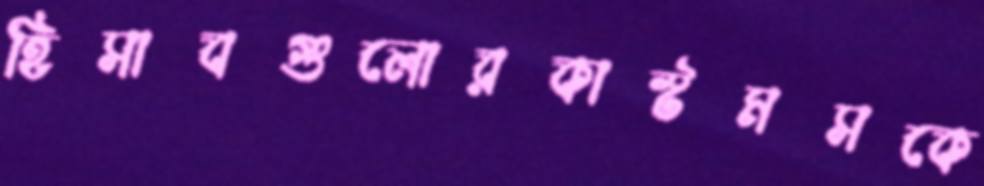
হিসাবগুলোরকাস্টমসকে